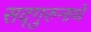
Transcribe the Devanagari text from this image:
सद्गुरुनाथें